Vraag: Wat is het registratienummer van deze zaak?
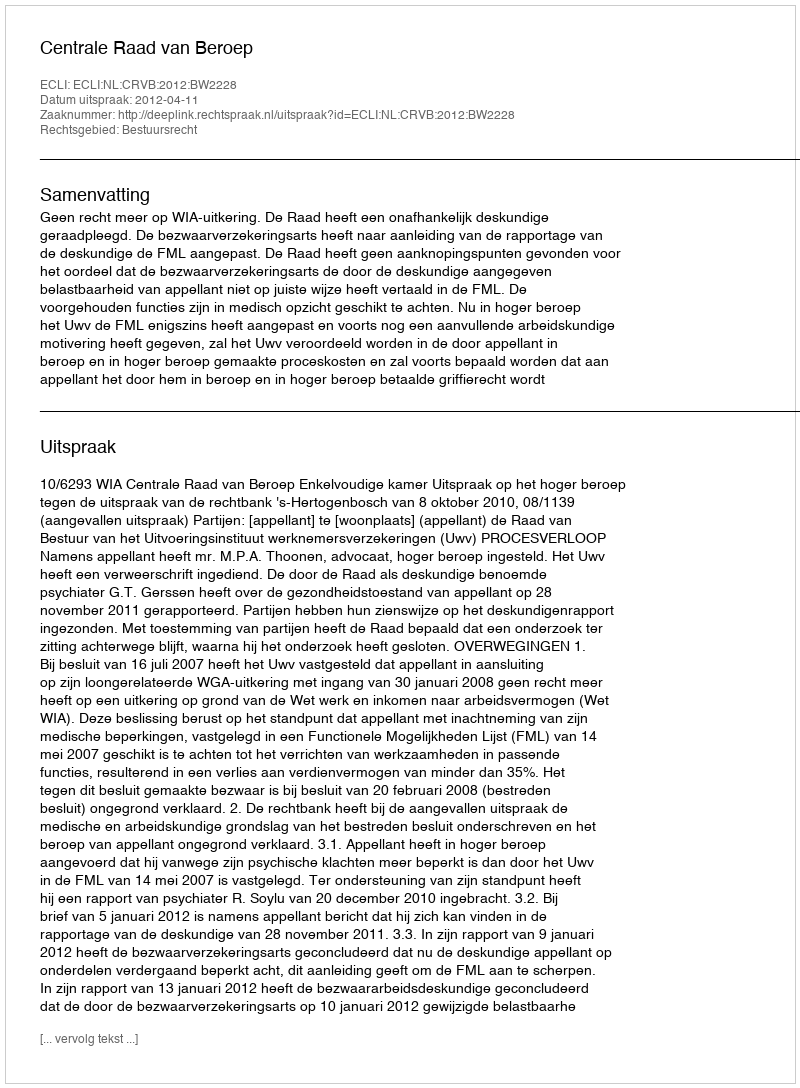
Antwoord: http://deeplink.rechtspraak.nl/uitspraak?id=ECLI:NL:CRVB:2012:BW2228